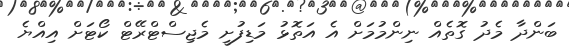
ބަންދާ މެދު ގޮތެއް ނިންމުމަށް އެ އަތޮޅު މަޑިފުށީ މެޖިސްޓްރޭޓް ކޯޓަށް އިއްޔެ